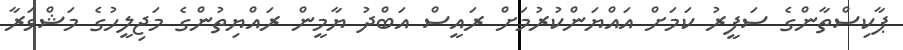
ޕާކިސްތާންގެ ސަފީރު ކަމަށް އައްޔަންކުރުމަށް ރައީސް އަބްދު ޔާމީން ރައްޔިތުންގެ މަޖިލީހުގެ މަޝްވަރާ